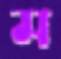
ম